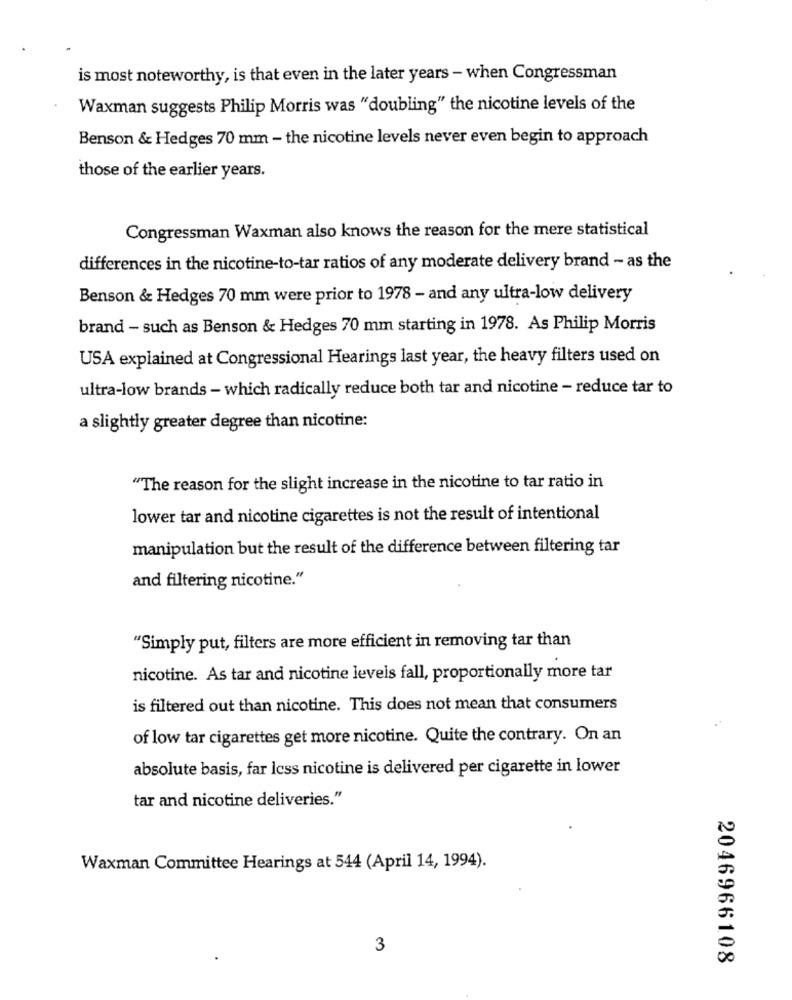
is most noteworthy, is that even in the later years - when Congressman
Waxman suggests Philip Morris was "doubling" the nicotine levels of the
Benson & Hedges 70 mm - the nicotine levels never even begin to approach
those of the earlier years.
Congressman Waxman also knows the reason for the mere statistical
differences in the nicotine-to-tar ratios of any moderate delivery brand - as the
Benson & Hedges 70 mm were prior to 1978 - and any ultra-low delivery
brand - such as Benson & Hedges 70 mm starting in 1978. As Philip Morris
USA explained at Congressional Hearings last year, the heavy filters used on
ultra-low brands - which radically reduce both tar and nicotine - reduce tar to
a slightly greater degree than nicotine:
"The reason for the slight increase in the nicotine to tar ratio in
lower tar and nicotine cigarettes is not the result of intentional
manipulation but the result of the difference between filtering tar
and filtering nicotine."
"Simply put, filters are more efficient in removing tar than
nicotine. As tar and nicotine levels fall, proportionally more tar
is filtered out than nicotine. This does not mean that consumers
of low tar cigarettes get more nicotine. Quite the contrary. On an
absolute basis, far less nicotine is delivered per cigarette in lower
tar and nicotine deliveries."
Waxman Committee Hearings at 544 (April 14, 1994).
3
2046966108